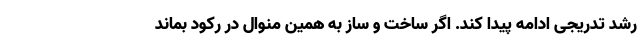
رشد تدریجی ادامه پیدا کند. اگر ساخت و ساز به همین منوال در رکود بماند